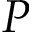
P